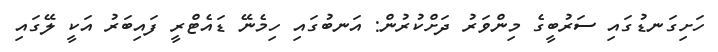
ހަށިގަނޑުގައި ސަރުބީގެ މިންވަރު ދަށްކުރުން: އަނބުގައި ހިމެނޭ ޑައެޓްރީ ފައިބަރު އަކީ ލޭގައި